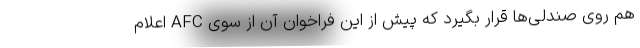
هم روی صندلی‌ها قرار بگیرد که پیش از این فراخوان آن از سوی AFC اعلام